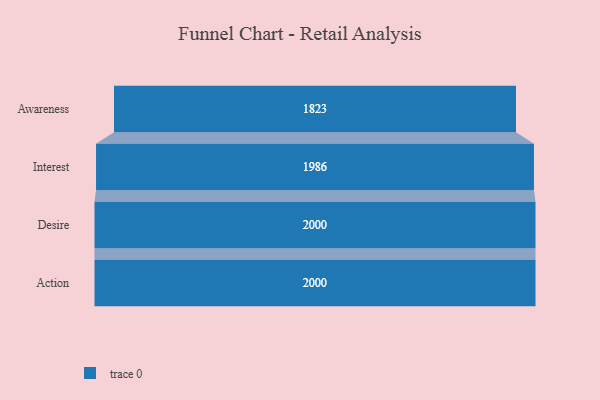
{"axis": {"x": "Stage", "y": "Value"}, "legend": [""], "data": [{"x": "Awareness", "y": 1823.0, "type": ""}, {"x": "Interest", "y": 1986.0, "type": ""}, {"x": "Desire", "y": 2000, "type": ""}, {"x": "Action", "y": 2000, "type": ""}]}